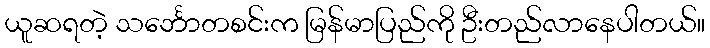
ယူဆရတဲ့ သင်္ဘောတစင်းက မြန်မာပြည်ကို ဦးတည်လာနေပါတယ်။